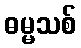
ဓမ္မသစ်